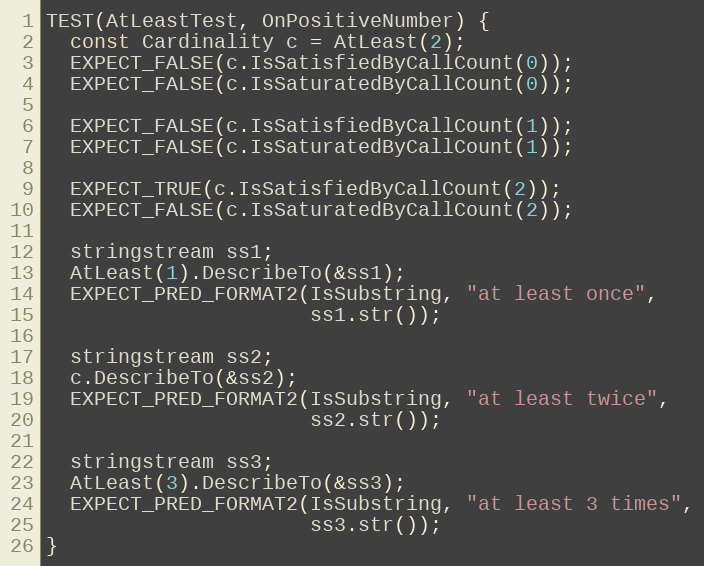
Language: C++
TEST(AtLeastTest, OnPositiveNumber) {
  const Cardinality c = AtLeast(2);
  EXPECT_FALSE(c.IsSatisfiedByCallCount(0));
  EXPECT_FALSE(c.IsSaturatedByCallCount(0));

  EXPECT_FALSE(c.IsSatisfiedByCallCount(1));
  EXPECT_FALSE(c.IsSaturatedByCallCount(1));

  EXPECT_TRUE(c.IsSatisfiedByCallCount(2));
  EXPECT_FALSE(c.IsSaturatedByCallCount(2));

  stringstream ss1;
  AtLeast(1).DescribeTo(&ss1);
  EXPECT_PRED_FORMAT2(IsSubstring, "at least once",
                      ss1.str());

  stringstream ss2;
  c.DescribeTo(&ss2);
  EXPECT_PRED_FORMAT2(IsSubstring, "at least twice",
                      ss2.str());

  stringstream ss3;
  AtLeast(3).DescribeTo(&ss3);
  EXPECT_PRED_FORMAT2(IsSubstring, "at least 3 times",
                      ss3.str());
}